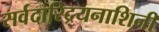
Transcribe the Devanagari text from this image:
सर्वदारिद्र्यनाशिनी